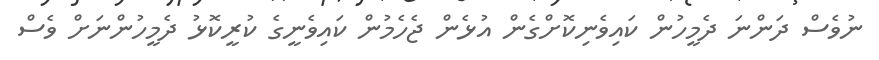
ނުވެސް ދަންނަ ދެމީހުން ކައިވެނިކޮށްގެން އުޅެން ޖެހެމުން ކައިވެނީގެ ކުރީކޮޅު ދެމީހުންނަށް ވެސް